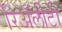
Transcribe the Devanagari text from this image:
रिॲलीटी